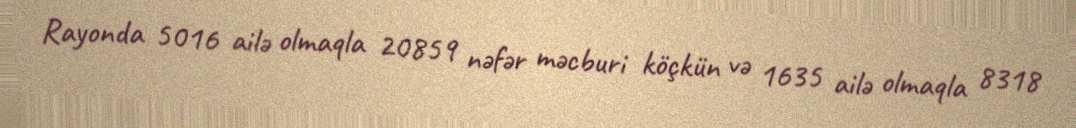
Rayonda 5016 ailə olmaqla 20859 nəfər məcburi köçkün və 1635 ailə olmaqla 8318